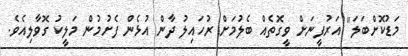
މަޑުކޮށްބަލަ" އަރުފީނަށް ވީގޮތެއް ބެލުމަށް ރުހައިލު ދާން އުޅެން ފެށުމުން މަލީކު ގޮވާލިއެވެ.